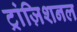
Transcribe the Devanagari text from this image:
ट्रांज़िशनल